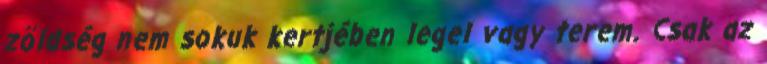
zöldség nem sokuk kertjében legel vagy terem. Csak az